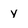
Character: y